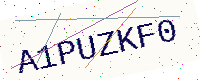
Text: A1PUZKF0